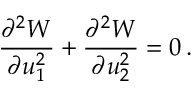
\frac { \partial ^ { 2 } W } { \partial u _ { 1 } ^ { 2 } } + \frac { \partial ^ { 2 } W } { \partial u _ { 2 } ^ { 2 } } = 0 \, .